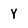
Character: Y